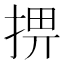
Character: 𢮧